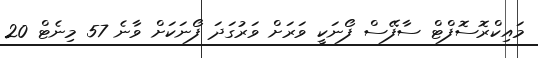
މައިކްރޮސޮފްޓް ސާފޭސް ފޯނަކީ ވަރަށް ވަރުގަދަ ފޯނަކަށް ވާނެ 57 މިނެޓް 20